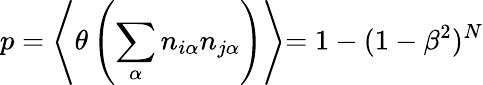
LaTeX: p=\Biggl\langle\theta\left(\sum_{\alpha}n_{i\alpha}n_{j\alpha}\right)\Biggl\rangle=1-(1-\beta^{2})^{N}